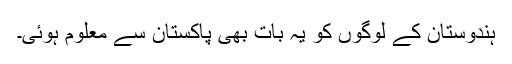
ہندوستان کے لوگوں کو یہ بات بھی پاکستان سے معلوم ہوئی۔